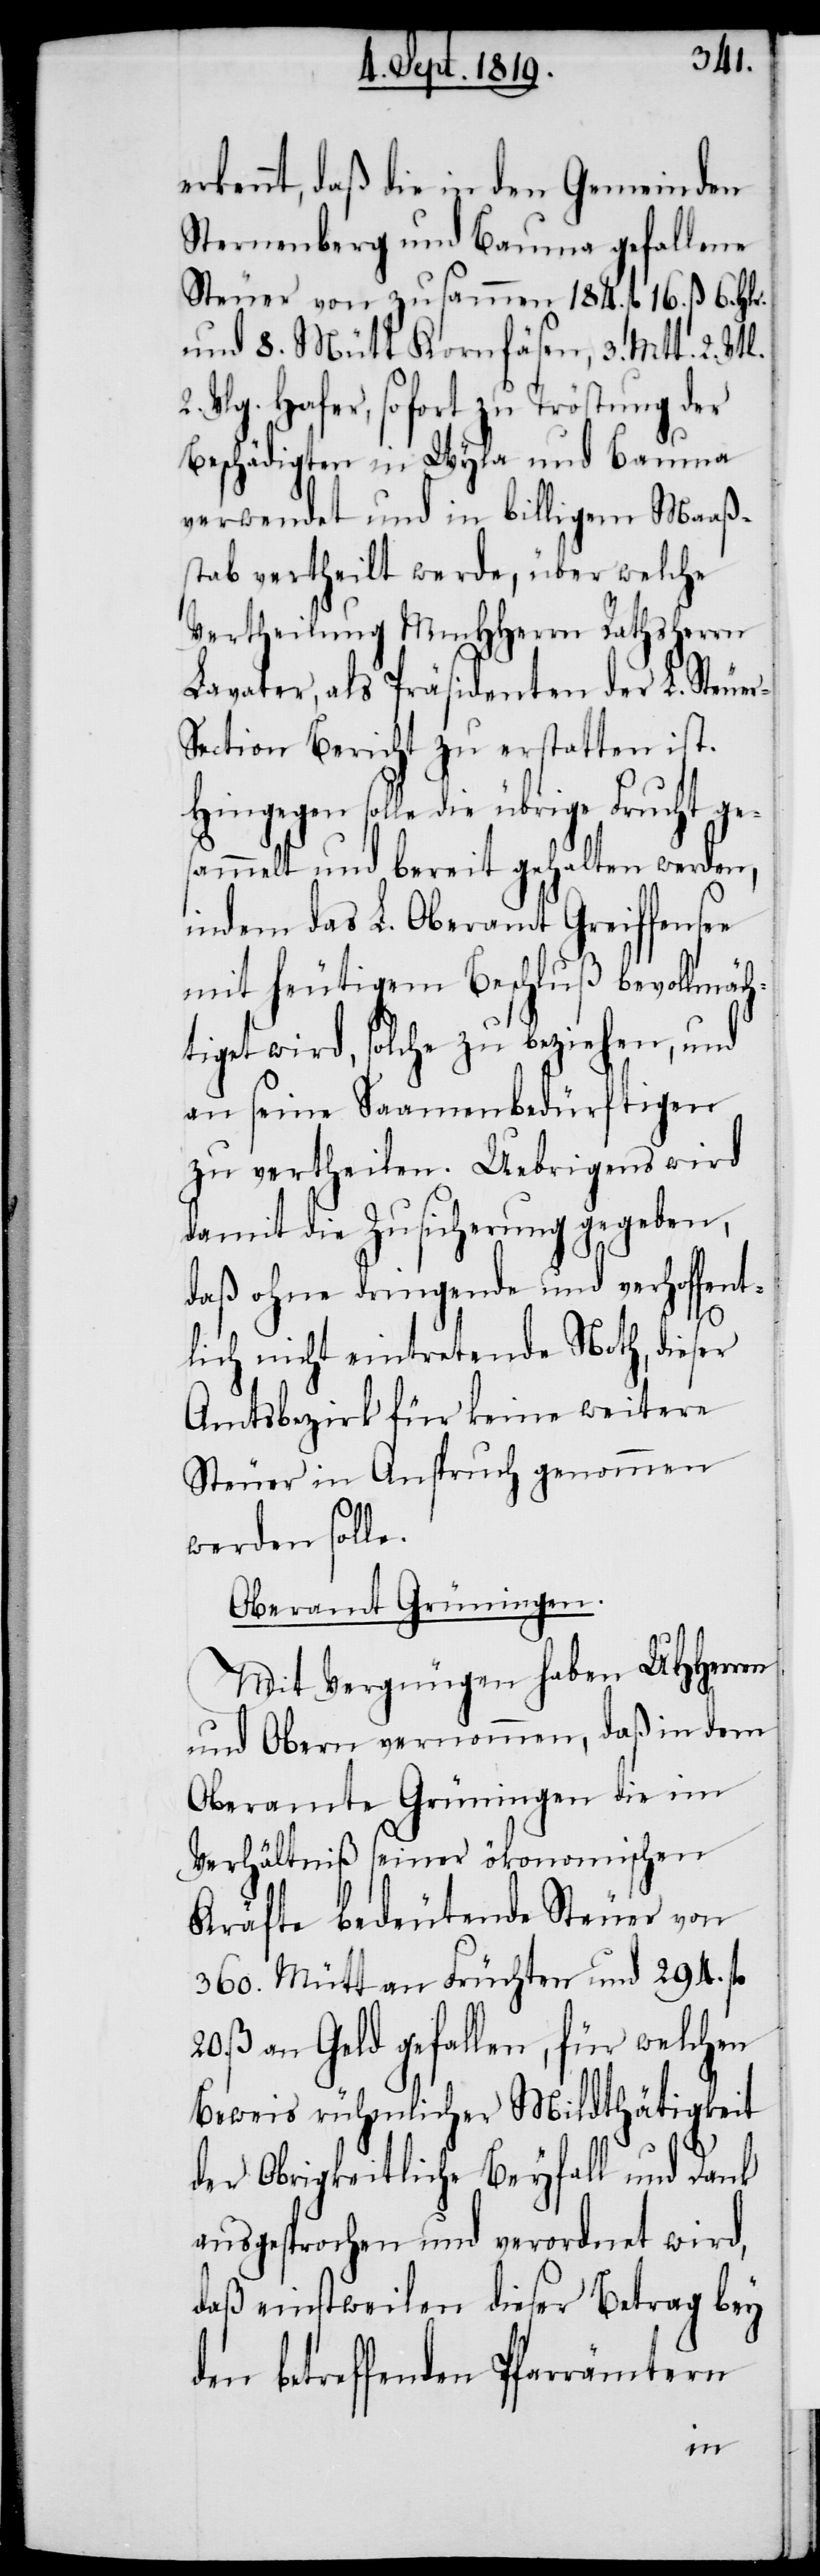
erkennt, daß die in den Gemeinden
Sternenberg und Bauma gefallene
Steuer von zusammen 184. fl. 16. ß. 6. Hlr.
und 8. Mütt Kornfäsen, 3. Mtt. 2.
2. Vlg. Hafer, sofort zu Tröstung der
Beschädigten in Wyla und Bauma
verwendet und in billigem Maaß¬
stab vertheilt werde, über welche
Vertheilung MmHHerrn Rathsherrn
Lavater, als Präsidenten der L. Steue¬
ection Bericht zu erstatten ist.
Hingegen solle die übrige Frucht ge¬
sammelt und bereit gehalten werden,
indem das L. Oberamt Greiffensee
mit heutigem Beschluß bevollmäch¬
tiget wird, solche zu beziehen, und
an seine Saamenbedürftigen
zu vertheilen. Uebrigens wird
damit die Zusicherung gegeben,
daß ohne dringende und verhoffent¬
lich nicht eintretende Noth, dieser
Amtsberzirk für keine weitere
Steuer in Anspruch genommen
werden solle.
Oberamt Grüningen.
Mit Vergnügen haben UHHerren
und Obern vernommen, daß in dem
Oberamte Grüningen die im
Verhältniß seiner ökonomischen
Kräfte bedeutende Steuer von
360. Mütt an Früchten und 294. fl.
ß. an Geld gefallen, für welchen
Beweis rühmlicher Mildthätigkeit
der Obrigkeitliche Beyfall und Dank
ausgesprochen und verordnet wird,
daß einstweilen dieser Betrag bey
den betreffenden Pfarrämtern
r-S¬